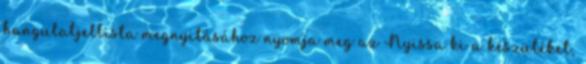
hangulatjellista megnyitásához nyomja meg az Nyissa ki a készüléket,